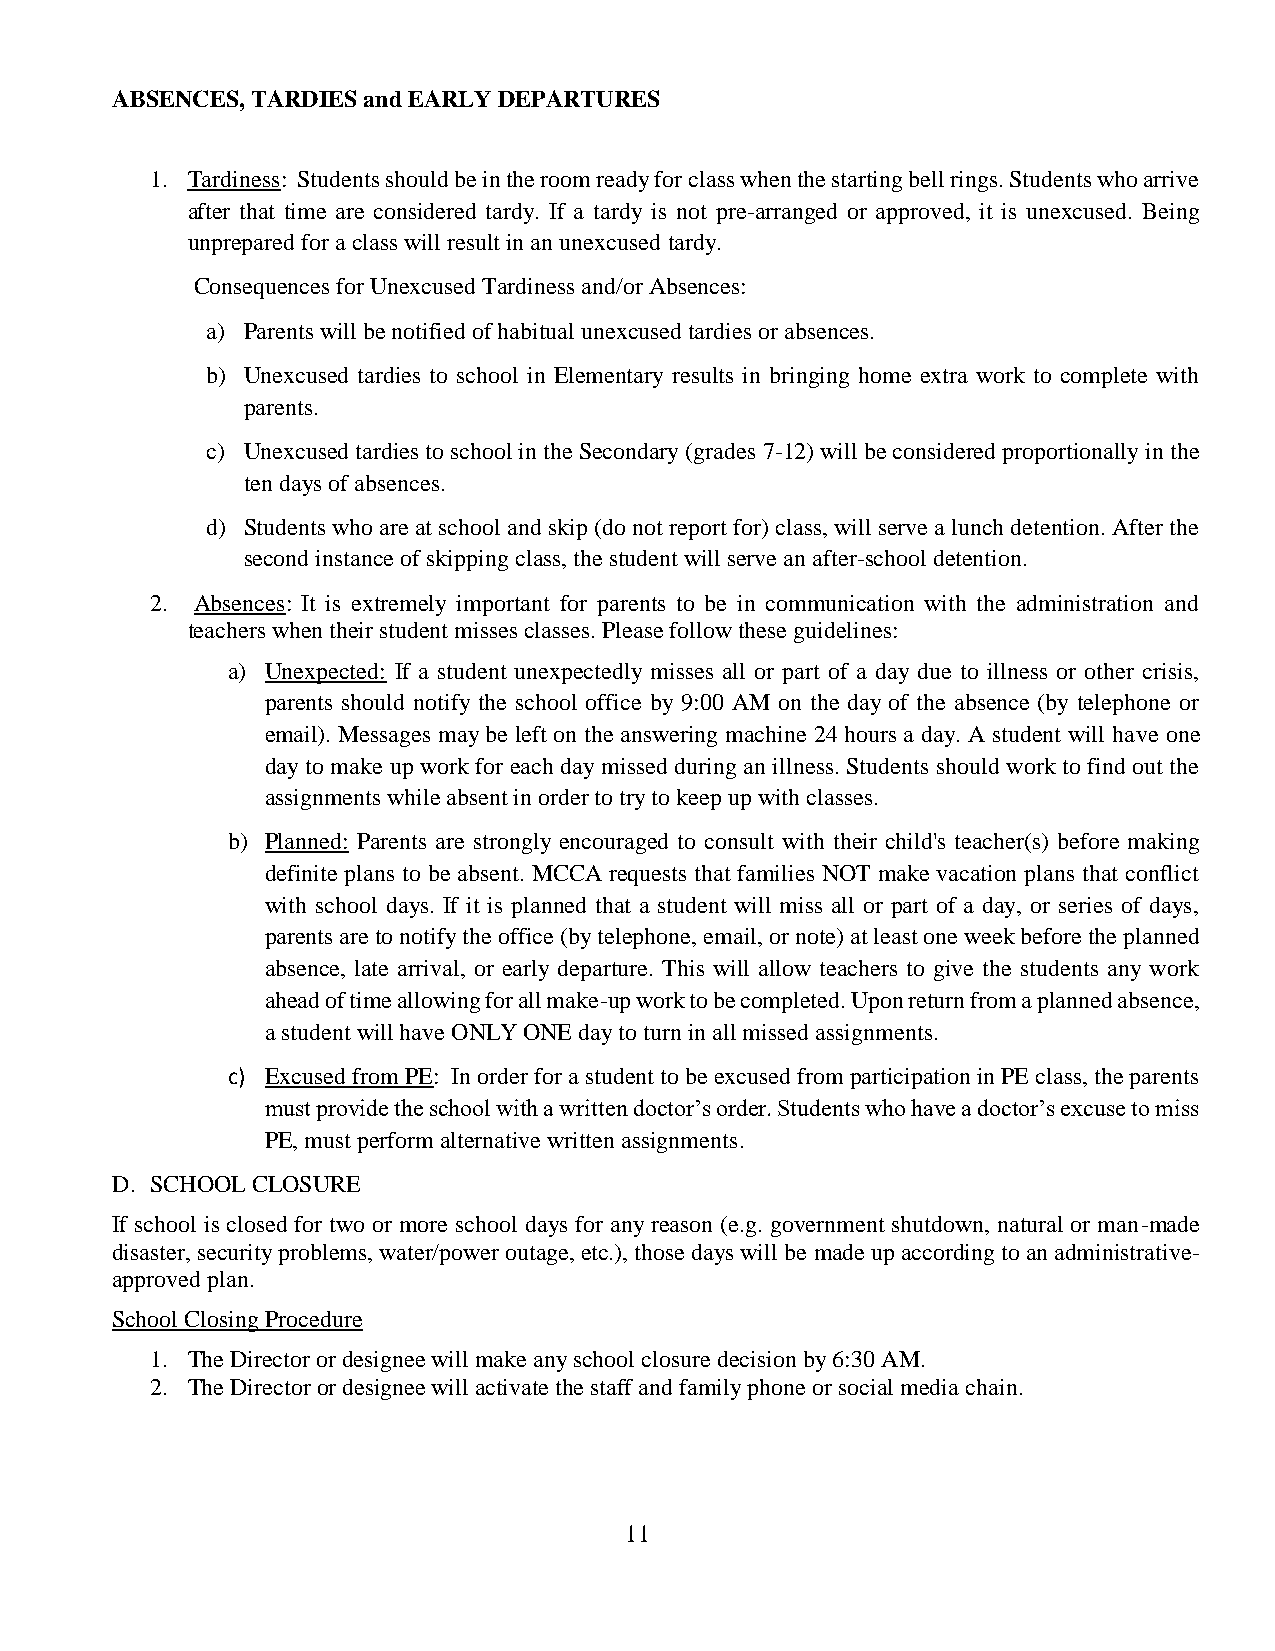
ABSENCES, TARDIES and EARLY DEPARTURES
 1. Tardiness: Students should be in the room ready for class when the starting bell rings. Students who arrive
 after that time are considered tardy. If a tardy is not pre-arranged or approved, it is unexcused. Being
 unprepared for a class will result in an unexcused tardy.
 Consequences for Unexcused Tardiness and/or Absences:
 a) Parents will be notified of habitual unexcused tardies or absences.
 b) Unexcused tardies to school in Elementary results in bringing home extra work to complete with
 parents.
 c) Unexcused tardies to school in the Secondary (grades 7-12) will be considered proportionally in the
 ten days of absences.
 d) Students who are at school and skip (do not report for) class, will serve a lunch detention. After the
 second instance of skipping class, the student will serve an after-school detention.
 2. Absences: It is extremely important for parents to be in communication with the administration and
 teachers when their student misses classes. Please follow these guidelines:
 a) Unexpected: If a student unexpectedly misses all or part of a day due to illness or other crisis,
 parents should notify the school office by 9:00 AM on the day of the absence (by telephone or
 email). Messages may be left on the answering machine 24 hours a day. A student will have one
 day to make up work for each day missed during an illness. Students should work to find out the
 assignments while absent in order to try to keep up with classes.
 b) Planned: Parents are strongly encouraged to consult with their child's teacher(s) before making
 definite plans to be absent. MCCA requests that families NOT make vacation plans that conflict
 with school days. If it is planned that a student will miss all or part of a day, or series of days,
 parents are to notify the office (by telephone, email, or note) at least one week before the planned
 absence, late arrival, or early departure. This will allow teachers to give the students any work
 ahead of time allowing for all make-up work to be completed. Upon return from a planned absence,
 a student will have ONLY ONE day to turn in all missed assignments.
 c) Excused from PE: In order for a student to be excused from participation in PE class, the parents
 must provide the school with a written doctor’s order. Students who have a doctor’s excuse to miss
 PE, must perform alternative written assignments.
 D. SCHOOL CLOSURE
 If school is closed for two or more school days for any reason (e.g. government shutdown, natural or man-made
 disaster, security problems, water/power outage, etc.), those days will be made up according to an administrative-
 approved plan.
 School Closing Procedure
 1. The Director or designee will make any school closure decision by 6:30 AM.
 2. The Director or designee will activate the staff and family phone or social media chain.
 11